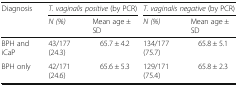
| <ROWSPAN=2> Diagnosis | <COLSPAN=2> T. vaginalis positive (by PCR) | <COLSPAN=2> T. vaginalis negative (by PCR) |
 | N (%) | Mean age ± SD | N (%) | Mean age ± SD |
 | --- | --- | --- | --- | --- |
 | BPH and iCaP | 43/177 (24.3) | 65.7 ± 4.2 | 134/177 (75.7) | 65.8 ± 5.1 |
 | BPH only | 42/171 (24.6) | 65.6 ± 5.3 | 129/171 (75.4) | 65.8 ± 2.3 |